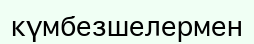
күмбезшелермен